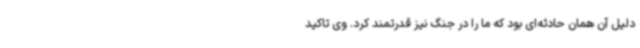
دلیل آن همان حادثه‌ای بود که ما را در جنگ نیز قدرتمند کرد. وی تاکید